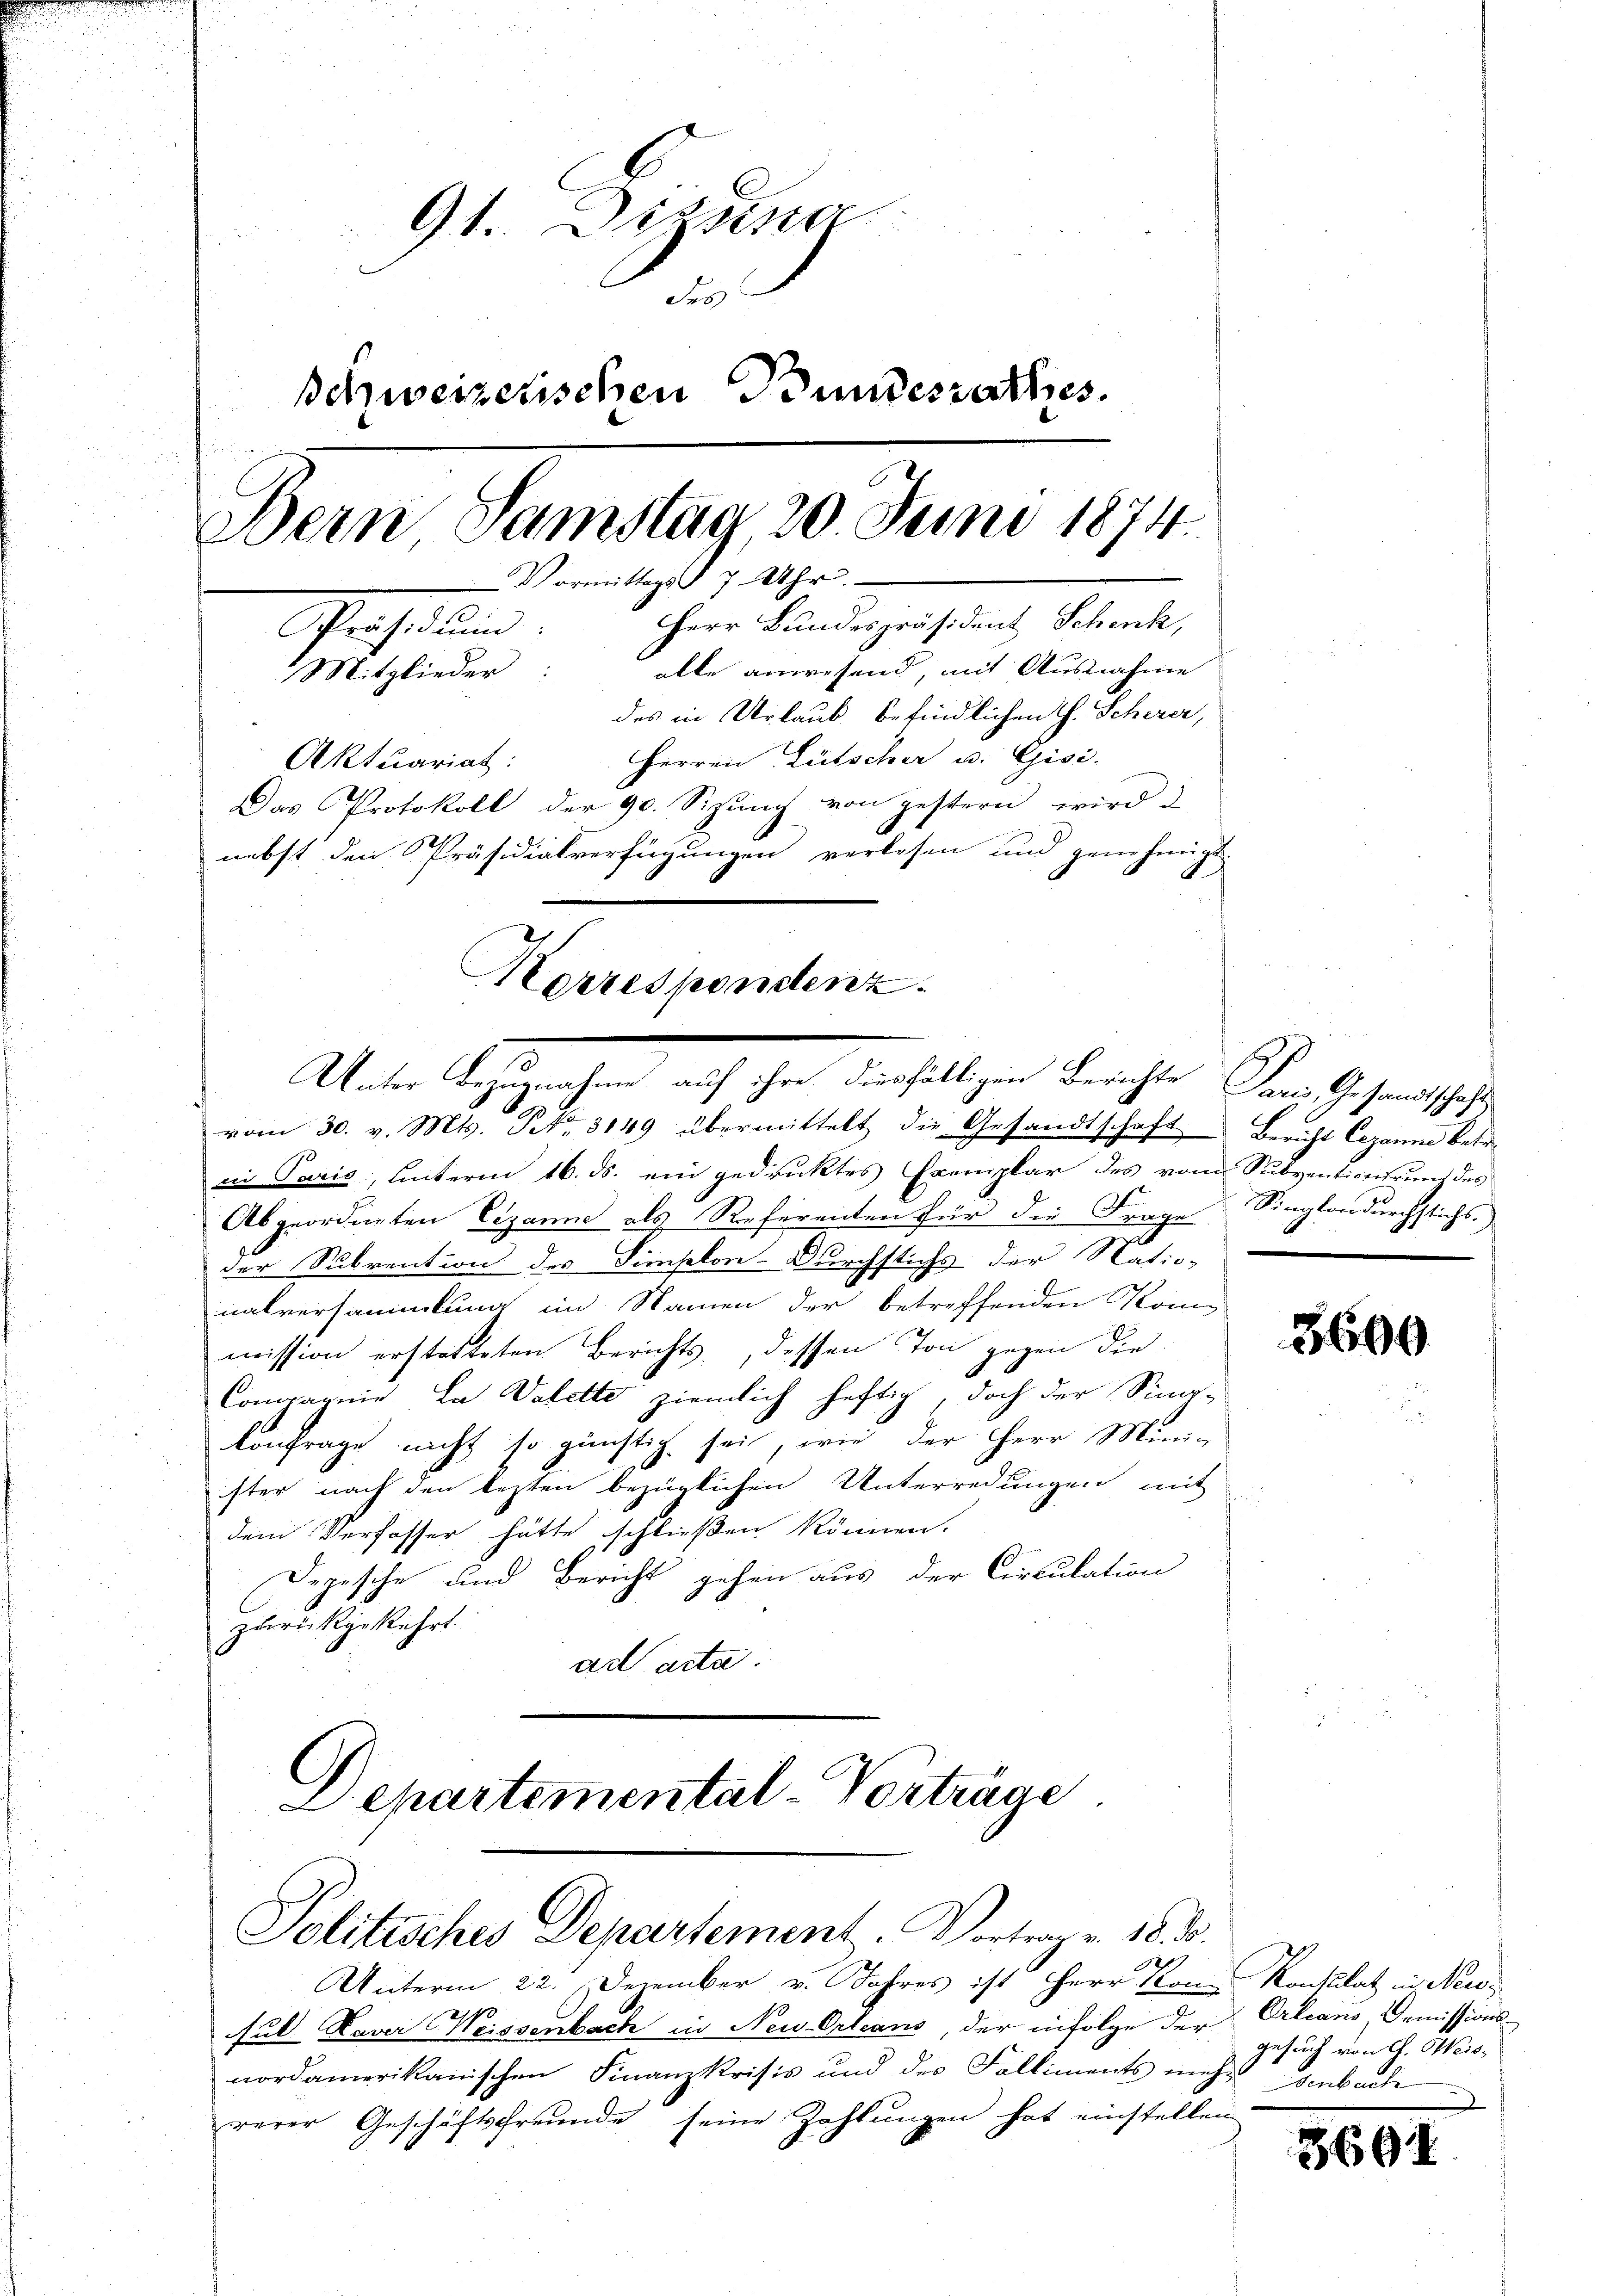
9t. Disung
Frs
Schweizerischen Bundesrathes.
Bern Samstag, 20. Juni 1874.
Vormittags 7 Uhr.
Herr Bundespräsident Schenk,
Präsidŭm:
alle anwesend, mit Ausnahme
Mitglieder:
des in Urlaub befindlichen H. Scherer,
Herren Lütscher u. Gisi.
Aktuariat:
Das Protokoll der 90. Sizung von gestern wird
nebst den Präsidialverfügungen verlesen und genehmigt

vom 30. v. Mts. Art. 3149 übermittelt die Gesandtschaft Bericht leganne betr.
nn Paris unterm 16. ds. ein gedruktes Exemplar des vom Subventionirung des
Abgeordneten Cizanne als Referenten für die Frage Singlandurchstichs.
der Subvention des Simplon-Durchstichs der Natio-
nalversammlung im Namen der betreffenden Kom-
mission erstatteten Berichts, dessen Ton gegen die
Compagnie la Valette ziemlich heftig, doch der Simo-
konfrage nicht so günstig sei, wie der Herr Mini-
ster nach den lezten bezüglichen Unterredungen mit
dem Verfasser hätte schließen können.
Depesche und Bericht gehen aus der Circulation
zurückgekehrt.
ad acta.
Departemental-Vorträge

Korrespondenz.
Unter Bezugnahme auf ihre diesfälligen Berichte Paris, Gesandtschafts

Politisches Departement. Vortrag v. 18. d.

Unterm 22. Dezember v. Jahres ist Herr Kor-Konsulat in Neu¬
Ful Naver Weissenbach in Neu Orleans, der infolge der Orleans, Demissionsnordamerikanischen Finanzkrisis und des Falliments meh-
rerer Geschäftsfreunde, seine Zahlungen hat einstellen

3600

gesuch von G. Weissenbache
d

3691